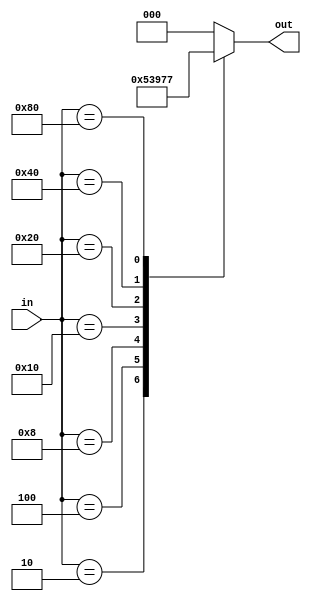
module priority_encoder(
    input [7:0] in,
    output reg [2:0] out
);

always @(*) begin
    case(in)
        8'b00000001: out = 3'b000; // Priority 1
        8'b00000010: out = 3'b001; // Priority 2
        8'b00000100: out = 3'b010; // Priority 3
        8'b00001000: out = 3'b011; // Priority 4
        8'b00010000: out = 3'b100; // Priority 5
        8'b00100000: out = 3'b101; // Priority 6
        8'b01000000: out = 3'b110; // Priority 7
        8'b10000000: out = 3'b111; // Priority 8
        default: out = 3'b000; // Default priority
    endcase
end

endmodule